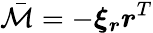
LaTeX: \bar{\mathcal{M}}=-\boldsymbol{\xi}_{\boldsymbol{r}}\boldsymbol{r}^{T}